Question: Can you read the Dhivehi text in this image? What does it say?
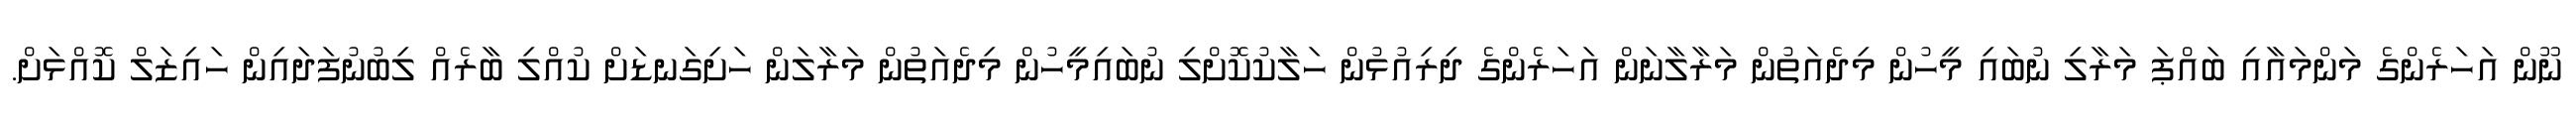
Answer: ނޫން އަހަރެންގެ މަންމައާއި ބައްޕަ މަރާލި ނުބައި މީހުން މިދެއަތުން މަރާލާނަން އަހަރެންގެ ދިރިއުޅުން ހަލާކުކޮށްލި ނުބައިމީހުން މިދެއަތުން މަރާލަން ހަށިގަނޑަށް ކުއްލި ބާރެއް ލިބުނުފަދައިން ހައިޒަލް ކޮއްޅަށް.